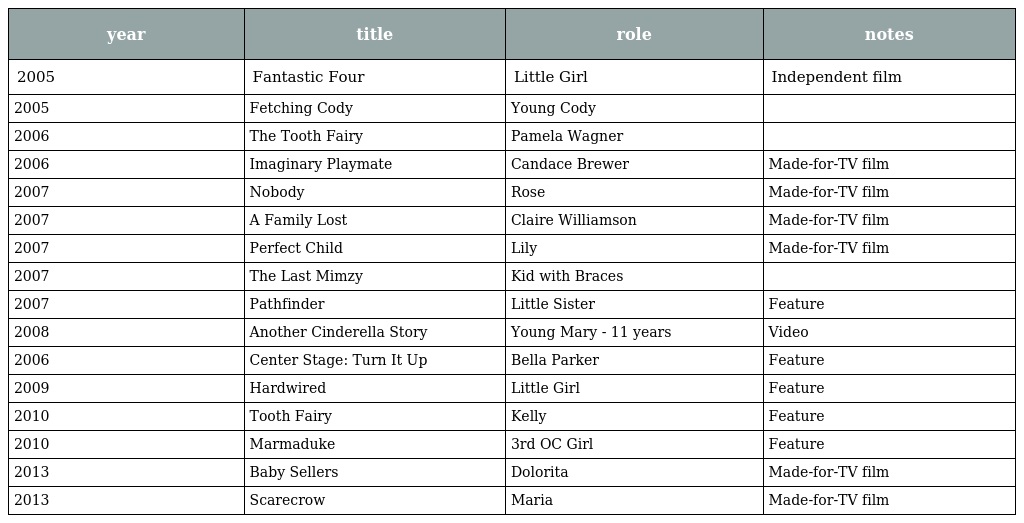
| year | title | role | notes |
 | --- | --- | --- | --- |
 | 2005 | Fantastic Four | Little Girl | Independent film |
 | 2005 | Fetching Cody | Young Cody |  |
 | 2006 | The Tooth Fairy | Pamela Wagner |  |
 | 2006 | Imaginary Playmate | Candace Brewer | Made-for-TV film |
 | 2007 | Nobody | Rose | Made-for-TV film |
 | 2007 | A Family Lost | Claire Williamson | Made-for-TV film |
 | 2007 | Perfect Child | Lily | Made-for-TV film |
 | 2007 | The Last Mimzy | Kid with Braces |  |
 | 2007 | Pathfinder | Little Sister | Feature |
 | 2008 | Another Cinderella Story | Young Mary - 11 years | Video |
 | 2006 | Center Stage: Turn It Up | Bella Parker | Feature |
 | 2009 | Hardwired | Little Girl | Feature |
 | 2010 | Tooth Fairy | Kelly | Feature |
 | 2010 | Marmaduke | 3rd OC Girl | Feature |
 | 2013 | Baby Sellers | Dolorita | Made-for-TV film |
 | 2013 | Scarecrow | Maria | Made-for-TV film |